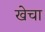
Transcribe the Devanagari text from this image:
खेचा